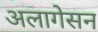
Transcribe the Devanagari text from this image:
अलागेसन